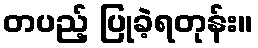
တပည့် ပြုခဲ့ရတုန်း။